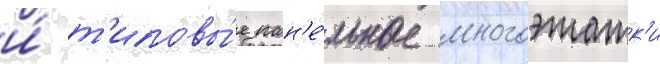
и́ т'иповы́е пан'е́льные многоэтажк'и